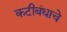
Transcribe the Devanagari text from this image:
कटीबंधाचे